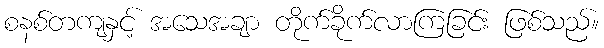
စနစ်တကျနှင့် အသေအချာ တိုက်ခိုက်လာကြခြင်း ဖြစ်သည်။